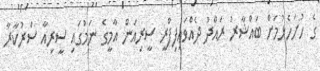
ގެ ހުށަހެޅުމަށް ބައްޝާރު ރައްދު ދެއްވައިފިފްރީ ސީރިއަން އާމީގެ ނަމުގައި ސީރިއާ ސަރުކާރާ